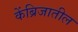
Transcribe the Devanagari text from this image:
केंब्रिजातील